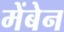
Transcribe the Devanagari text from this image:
मेंबेन